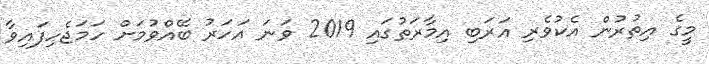
މީގެ އިތުރުން އެކުވެރި އަރަބި އިމާރަތުގައި 2019 ވަނަ އަހަރު ބޭއްވުމަށް ހަމަޖެހިފައިވާ